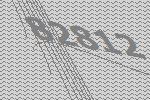
82812